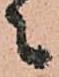
々